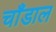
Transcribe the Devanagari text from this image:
चाँडाल